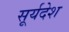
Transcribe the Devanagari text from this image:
सूर्यदेश